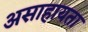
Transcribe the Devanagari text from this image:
असाहायता